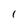
Character: 1